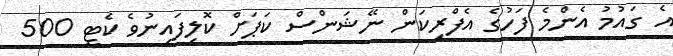
އެ ގައުމު އެންމެ ފަހުގެ އެފްރިކަން ނޭޝަންސް ކަޕަށް ކޮލިފައިނުވެ ކެޓީ 500